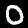
Digit: 0